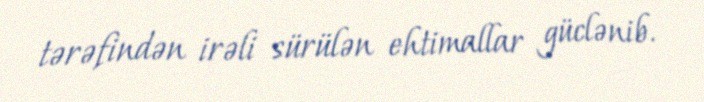
tərəfindən irəli sürülən ehtimallar güclənib.